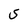
Character: S